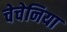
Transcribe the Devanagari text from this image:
चेचेनिया